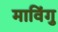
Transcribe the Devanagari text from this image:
माविंगु